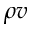
\rho v